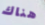
هناك